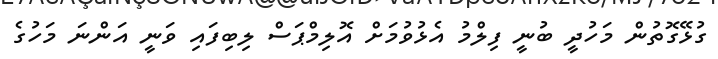
ގުޅޭގޮތުން މަހުދީ ބުނީ ފިލްމު އެޅުވުމަށް އޮލިމްޕަސް ލިބިފައި ވަނީ އަންނަ މަހުގެ